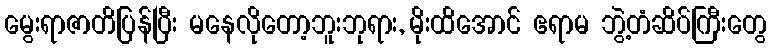
မွေးရာဇာတိပြန်ပြီး မနေလိုတော့ဘူးဘုရား, မိုးထိအောင် ဧရာမ ဘွဲ့တံဆိပ်ကြီးတွေ